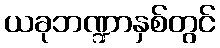
ယခုဘဏ္ဍာနှစ်တွင်